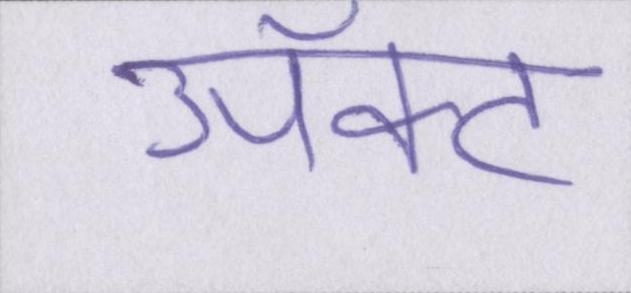
ॲक्ट